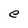
Character: e